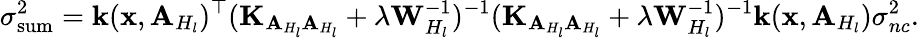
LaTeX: \sigma_{\mathrm{sum}}^{2}=\mathbf{k}(\mathbf{x},\mathbf{A}_{H_{l}})^{\top}(\mathbf{K}_{\mathbf{A}_{H_{l}}\mathbf{A}_{H_{l}}}+\lambda\mathbf{W}_{H_{l}}^{-1})^{-1}(\mathbf{K}_{\mathbf{A}_{H_{l}}\mathbf{A}_{H_{l}}}+\lambda\mathbf{W}_{H_{l}}^{-1})^{-1}\mathbf{k}(\mathbf{x},\mathbf{A}_{H_{l}})\sigma_{nc}^{2}.